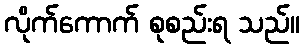
လိုက်ကောက် စုစည်းရ သည်။